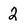
Character: 2